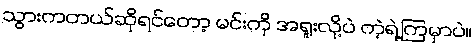
သွားကတယ်ဆိုရင်တော့ မင်းကို အရူးလို့ပဲ ကဲ့ရဲ့ကြမှာပဲ။